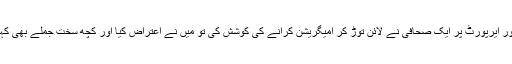
لاہور ایرپورٹ پر ایک صحافی نے لائن توڑ کر امیگریشن کرانے کی کوشش کی تو میں نے اعتراض کیا اور کچھ سخت جملے بھی کہے۔